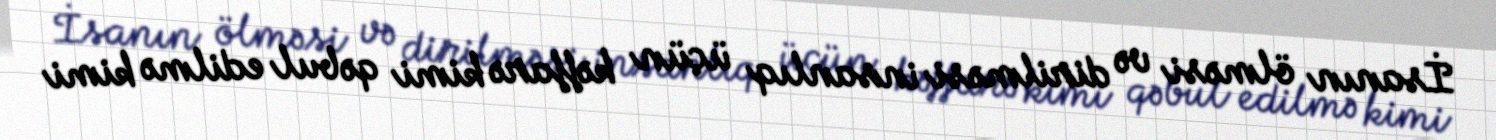
İsanın ölməsi və dirilməsi insanlıq üçün kəffarə kimi qəbul edilmə kimi